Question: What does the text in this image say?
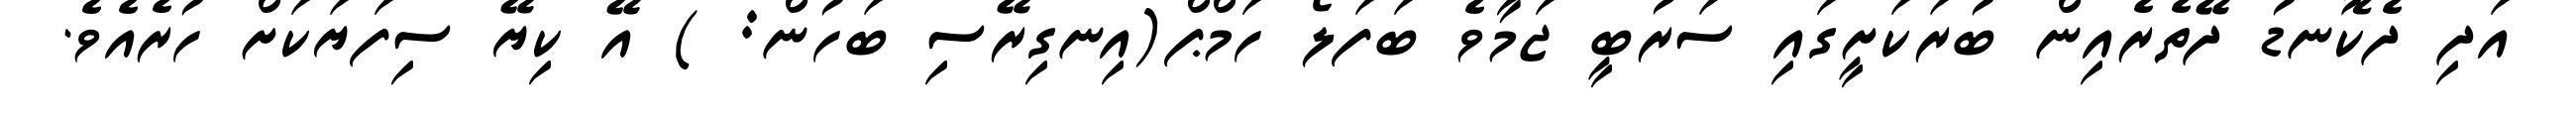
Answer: އަދި ދެކޮނޑު ދޭތެރެއިން ބުރަކަށީގައި ސަރުބީ ޖަމާވެ ބަފަލޯ ހަމްޕް(އިނގިރޭސި ބަހުން: ) އޭ ކިޔޭ ސިފަޔަކަށް ހުރެއެވެ.